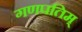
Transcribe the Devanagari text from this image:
गणपतिम्‌